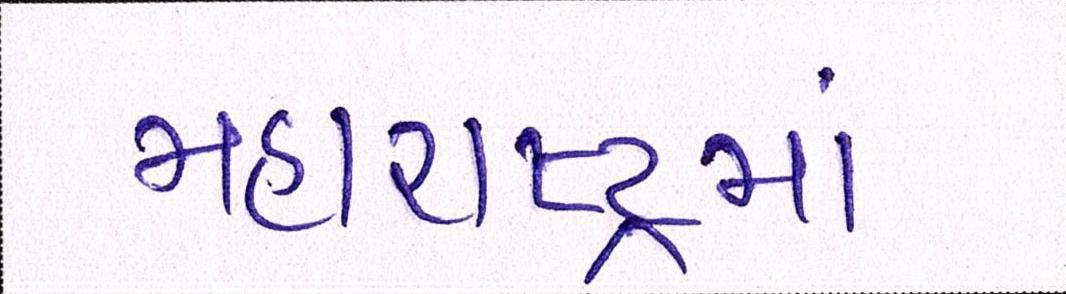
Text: મહારાષ્ટ્રમાં